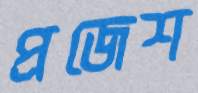
প্রজেশ